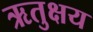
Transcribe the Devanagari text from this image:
ऋतुक्षय